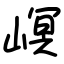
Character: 㟰